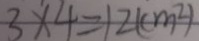
3 \times 4 = 1 2 ( c m ^ { 2 } )